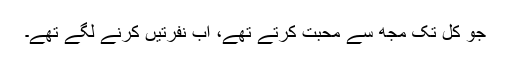
جو کل تک مجھ سے محبت کرتے تھے، اب نفرتیں کرنے لگے تھے۔